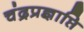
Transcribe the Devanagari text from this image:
चंद्रप्रज्ञाप्ति